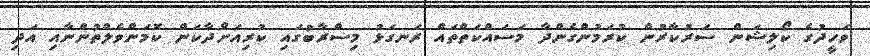
ވަހީދުގެ ކޯލިޝަން ސަރުކާރުން ކުރަމުންގެންދާ މަސައްކަތްތައް ރަނގަޅު މިސްރާބުގައި ކުރިއަށްދާކަން ކޮމަންވެލްތުންނާއި އަދި